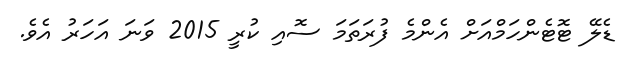
ޑެލޭ ޓޮޓެންހަމްއަށް އެންމެ ފުރަތަމަ ސޮއި ކުރީ 2015 ވަނަ އަހަރު އެވެ.